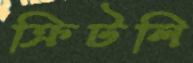
ক্রিটলি